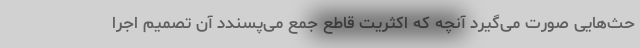
حث‌هایی صورت می‌گیرد آنچه که اکثریت قاطع جمع می‌پسندد آن تصمیم اجرا